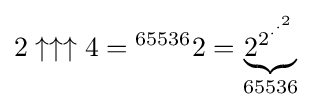
2\uparrow \uparrow \uparrow 4={}^{65536}2=\underbrace {2^{2^{\cdot ^{\cdot ^{2}}}}} _{65536}